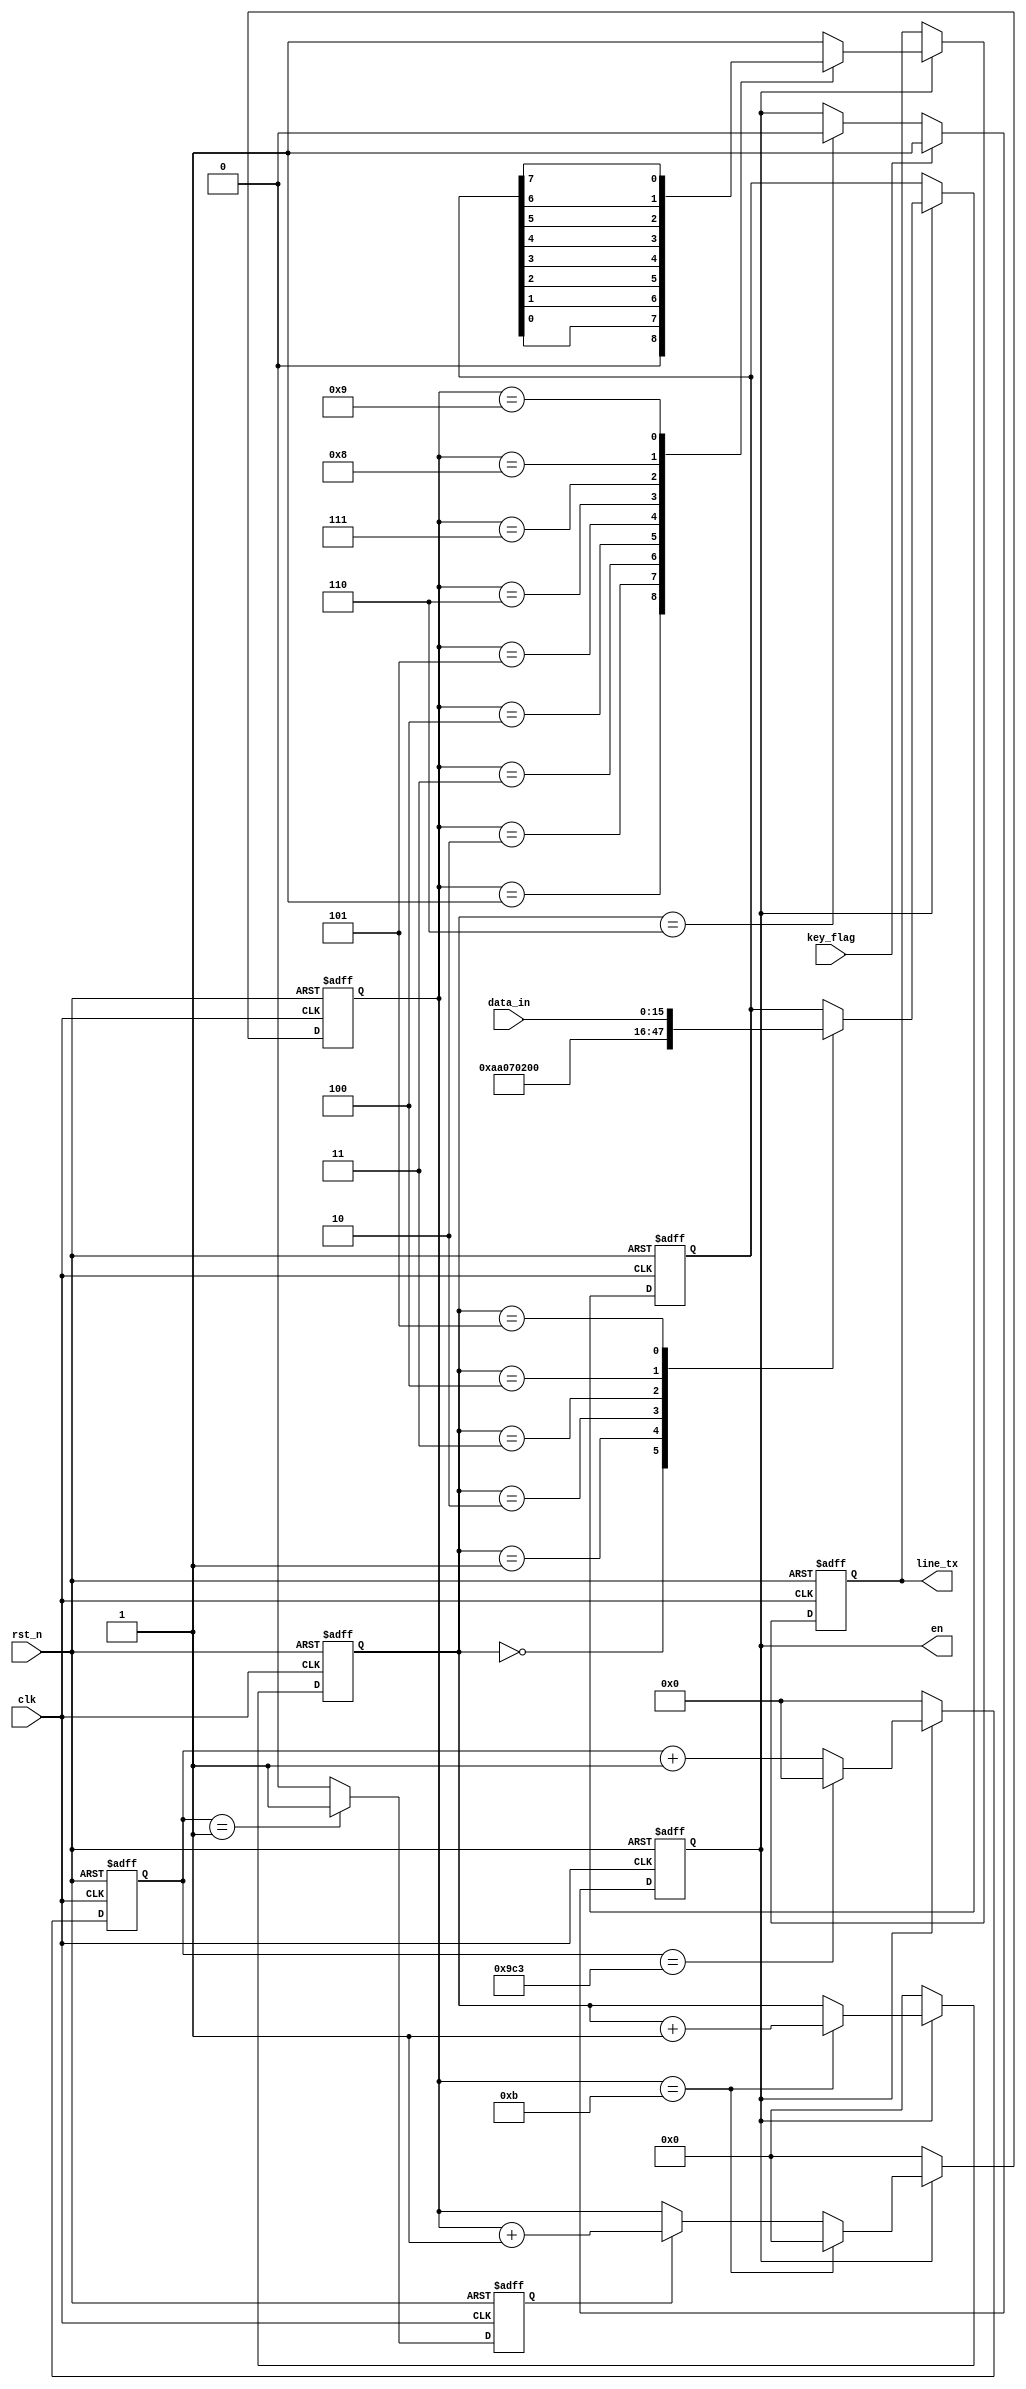
module uart_tx_bb( 
    clk,
	rst_n,
    data_in,
	key_flag,
	line_tx,
	en
    );
    input clk;
	input rst_n;
    input [15:0]data_in;
	input key_flag;
	output reg line_tx;
    output reg en;
	 
	 
parameter tx_start = 0,tx_stop = 1; 
reg [12:0] cnt;
reg clk_tx;
reg [3:0] cnt_tx;
reg [3:0]cnt_stop;
reg [7:0]data_tx ;
parameter data = 32'b1010_1010_0000_0111_0000_0010_0000_0000;


always @(posedge clk or negedge rst_n)
begin
    if(!rst_n)
	 en <= 0;
	 else if(key_flag)
	 en <= 1;
	 else if(cnt_stop == 6)
	 en <= 0;
end

// 


always @(posedge clk or negedge rst_n)
begin
    if(!rst_n)
	     cnt <= 0;
	 else if(en)
	 begin
	     if(cnt == 2499)
	         cnt <= 0;
	     else 
	         cnt <= cnt + 1'b1;
	 end
	 else 
	     cnt <= 0;
end
//

always @(posedge clk or negedge rst_n)
begin
    if(!rst_n)
	     clk_tx <= 0;
	 else if(cnt == 1)
	     clk_tx <= 1;
	 else 
	     clk_tx <= 0;
end
//

always @(posedge clk or negedge rst_n)
begin
    if(!rst_n)
	 begin
	     cnt_tx <= 0;
		  cnt_stop <= 0;
		  end
	 else if(en)
	 begin
	     if(cnt_tx == 11)
		  begin
	         cnt_tx <= 0;
				cnt_stop <= cnt_stop + 1'b1;
				end
	     else if(clk_tx)
	         cnt_tx <= cnt_tx + 1'b1;
	 end
	 else 
	 begin
	     cnt_tx <= 0;
		  cnt_stop <= 0;
		  end
end

//

always @(posedge clk or negedge rst_n)
begin
    if(!rst_n)
	 data_tx <= 8'b1011_1000;
	 else if(en)
	 case(cnt_stop)
	 'd0:data_tx <= data[31:24];	 
	 'd1:data_tx <= data[23:16];
     'd2:data_tx <= data[15:8];
     'd3:data_tx <= data[7:0];
     'd4:data_tx <= data_in[15:8];
     'd5:data_tx <= data_in[7:0];	 
	 endcase
	 
end

always @(posedge clk or negedge rst_n)
begin
    if(!rst_n)
        line_tx <= 1;
	 else if(en)
	 case(cnt_tx)
	 'd0:line_tx <= 1;
	 'd1:line_tx <= tx_start;
	 'd2:line_tx <= data_tx[0];
	 'd3:line_tx <= data_tx[1];
	 'd4:line_tx <= data_tx[2];
	 'd5:line_tx <= data_tx[3];
	 'd6:line_tx <= data_tx[4];
	 'd7:line_tx <= data_tx[5];
	 'd8:line_tx <= data_tx[6];
	 'd9:line_tx <= data_tx[7];
	 'd10:line_tx <= tx_stop;
	 default:line_tx <= 1;
	 endcase
end

endmodule